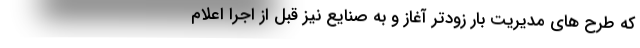
که طرح های مدیریت بار زودتر آغاز و به صنایع نیز قبل از اجرا اعلام